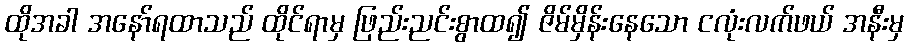
ထိုအခါ အနော်ရထာသည် ထိုင်ရာမှ ဖြည်းညင်းစွာထ၍ ဇိမ်မှိန်းနေသော ငလုံးလက်ဖယ် အနီးမှ